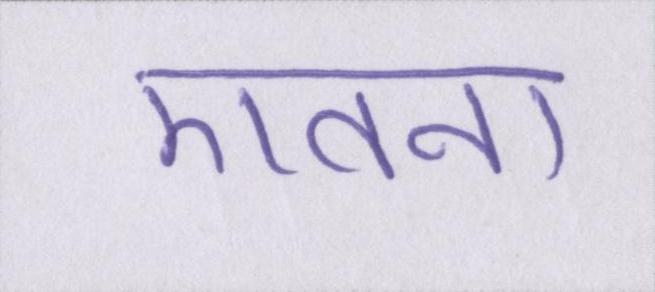
एतना